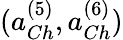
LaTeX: (a_{Ch}^{(5)},a_{Ch}^{(6)})